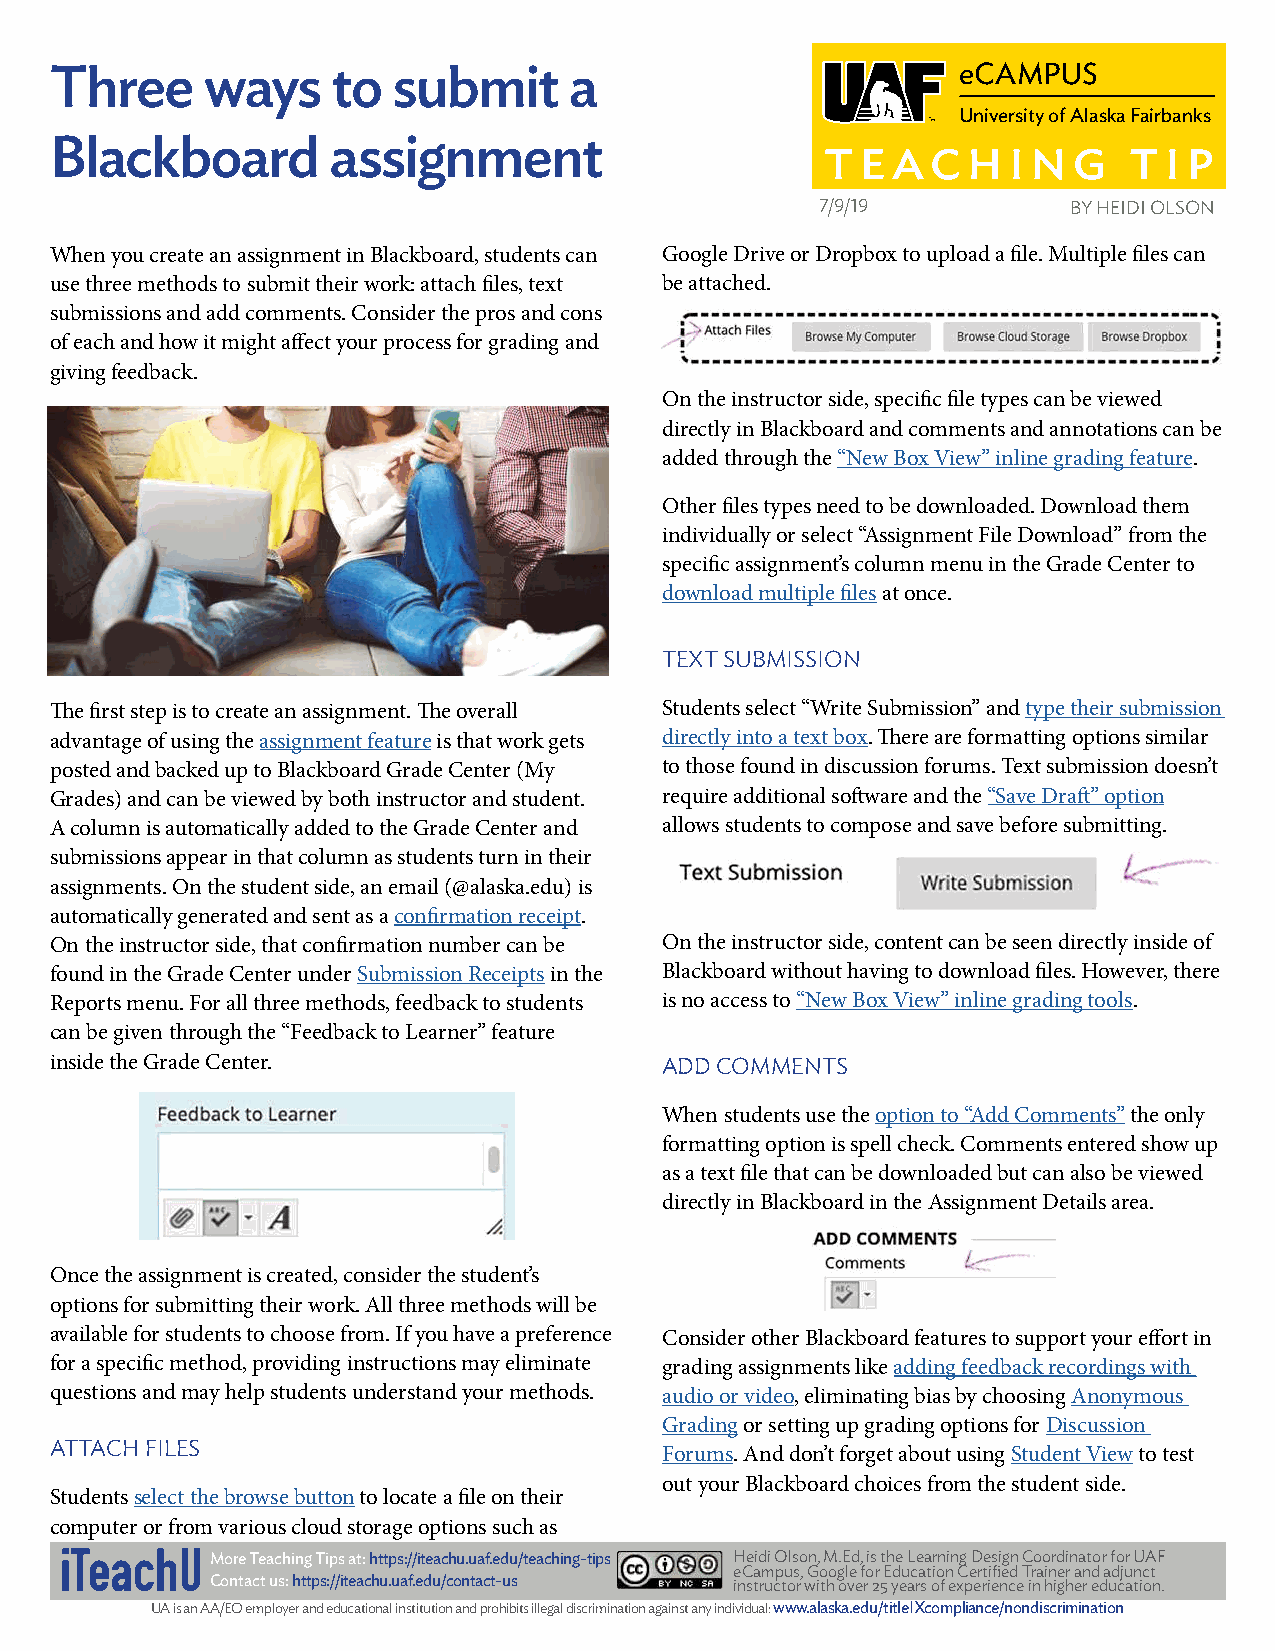
Three     ways     to  submit      a                         eCAMPUS
 University of Alaska Fairbanks
 Blackboard         assignment
 7/9/19           BY HEIDI OLSON
 When you create an assignment in Blackboard, students can Google Drive or Dropbox to upload a file. Multiple files can
 use three methods to submit their work: attach files, text be attached.
 submissions and add comments. Consider the pros and cons
 of each and how it might affect your process for grading and
 giving feedback.
 On the instructor side, specific file types can be viewed
 directly in Blackboard and comments and annotations can be
 added through the “New Box View” inline grading feature.
 Other files types need to be downloaded. Download them
 individually or select “Assignment File Download” from the
 specific assignment’s column menu in the Grade Center to
 download multiple files at once.
 TEXT SUBMISSION
 The first step is to create an assignment. The overall Students select “Write Submission” and type their submission
 advantage of using the assignment feature is that work gets directly into a text box. There are formatting options similar
 posted and backed up to Blackboard Grade Center (My to those found in discussion forums. Text submission doesn’t
 Grades) and can be viewed by both instructor and student. require additional software and the “Save Draft” option
 A column is automatically added to the Grade Center and allows students to compose and save before submitting.
 submissions appear in that column as students turn in their
 assignments. On the student side, an email (@alaska.edu) is
 automatically generated and sent as a confirmation receipt.
 On the instructor side, that confirmation number can be On the instructor side, content can be seen directly inside of
 found in the Grade Center under Submission Receipts in the Blackboard without having to download files. However, there
 Reports menu. For all three methods, feedback to students is no access to “New Box View” inline grading tools.
 can be given through the “Feedback to Learner” feature
 inside the Grade Center.                 ADD COMMENTS
 When students use the option to “Add Comments” the only
 formatting option is spell check. Comments entered show up
 as a text file that can be downloaded but can also be viewed
 directly in Blackboard in the Assignment Details area.
 Once the assignment is created, consider the student’s
 options for submitting their work. All three methods will be
 available for students to choose from. If you have a preference Consider other Blackboard features to support your effort in
 for a specific method, providing instructions may eliminate grading assignments like adding feedback recordings with
 questions and may help students understand your methods. audio or video, eliminating bias by choosing Anonymous
 Grading or setting up grading options for Discussion
 ATTACH FILES                             Forums. And don’t forget about using Student View to test
 out your Blackboard choices from the student side.
 Students select the browse button to locate a file on their
 computer or from various cloud storage options such as
 More Teaching Tips at: https://iteachu.uaf.edu/teaching-tips Heidi Olson, M.Ed, is the Learning Design Coordinator for UAF
 eCampus, Google for Education Certified Trainer and adjunct
 Contact us: https://iteachu.uaf.edu/contact-us instructor with over 25 years of experience in higher education.
 UA is an AA/EO employer and educational institution and prohibits illegal discrimination against any individual: www.alaska.edu/titleIXcompliance/nondiscrimination